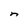
Character: n